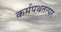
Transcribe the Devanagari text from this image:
कर्मपथतत्पर